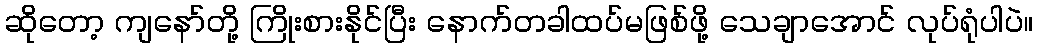
ဆိုတော့ ကျနော်တို့ ကြိုးစားနိုင်ပြီး နောက်တခါထပ်မဖြစ်ဖို့ သေချာအောင် လုပ်ရုံပါပဲ။